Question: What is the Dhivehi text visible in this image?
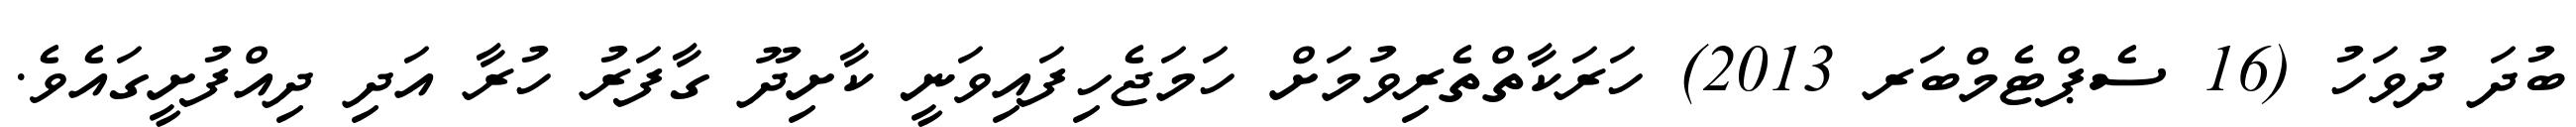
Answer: ބުދަ ދުވަހު (16 ސެޕްޓެމްބަރ 2013) ހަރަކާތްތެރިވުމަށް ހަމަޖެހިފައިވަނީ ކާށިދޫ ގާފަރު ހުރާ އަދި ދިއްފުށީގައެވެ.